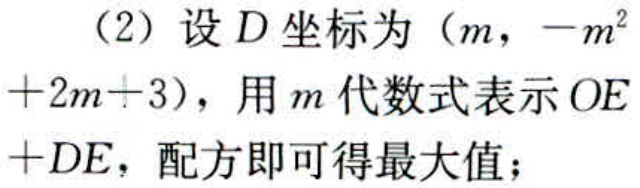
（2）设\(D\)坐标为\((m, -m^{2}+2m + 3)\)，用\(m\)代数式表示\(OE+DE\)，配方即可得最大值；